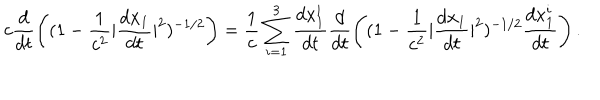
LaTeX: c \frac { d } { d t } \left( ( 1 - \frac { 1 } { c ^ { 2 } } | \frac { d { \bf x } _ { 1 } } { d t } | ^ { 2 } ) ^ { - 1 / 2 } \right) = \frac { 1 } { c } \sum _ { i = 1 } ^ { 3 } \frac { d x _ { 1 } ^ { i } } { d t } \frac { d } { d t } \left( ( 1 - \frac { 1 } { c ^ { 2 } } | \frac { d { \bf x } _ { 1 } } { d t } | ^ { 2 } ) ^ { - 1 / 2 } \frac { d x _ { 1 } ^ { i } } { d t } \right) .